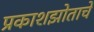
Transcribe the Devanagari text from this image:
प्रकाशझोताचे